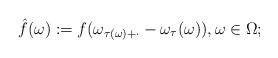
\begin{align*} \hat{f}(\omega):= f(\omega_{\tau(\omega)+\cdot}-\omega_\tau(\omega)),\omega\in\Omega; \end{align*}